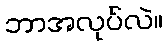
ဘာအလုပ်လဲ။